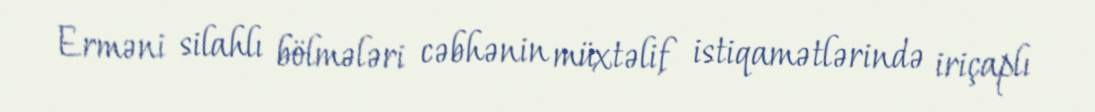
Erməni silahlı bölmələri cəbhənin müxtəlif istiqamətlərində iriçaplı